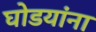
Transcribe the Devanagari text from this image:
घोडयांना